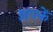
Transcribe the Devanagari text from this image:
झपकें